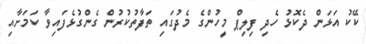
ކޭކު އަޅަން ދެކޮޅު ހެދި ފިލިޕް މީހުންގެ މެދުގައި ތަފާތުކުރުން ގެންގުޅެފައިވާ ކަމަށާއި